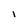
Character: l